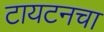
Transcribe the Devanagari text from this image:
टायटनचा